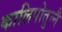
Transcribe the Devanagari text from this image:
कालिपोतुन्नै